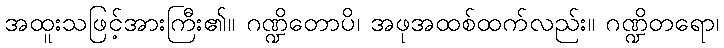
အထူးသဖြင့်အားကြီး၏။ ဂဏ္ဍိတောပိ၊ အဖုအထစ်ထက်လည်း။ ဂဏ္ဍိတရော၊